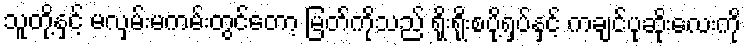
သူတို့နှင့် မလှမ်းမကမ်းတွင်တော့ မြတ်ကိုသည် ရိုးရိုးစပို့ရှပ်နှင့် ကချင်ပုဆိုးလေးကို